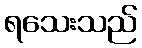
ရသေးသည်